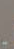
.